Annual report of the Madras Medical College
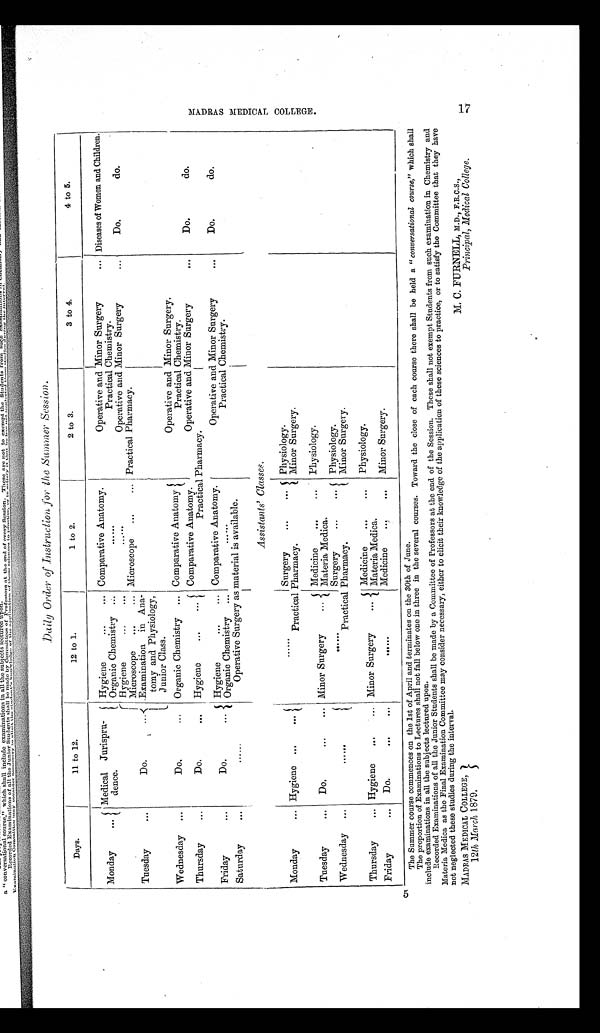
Daily Order of Instruction for the Summer Session.
Days.
11 to 12.
12 to 1.
1 to 2.
2 to 3.
3 to 4.
4 to 5.
Monday
...
Medical Jurispru
-
dence.
Hygiene
...
Organic Chemistry
Comparative Anatomy.
. . . . . .
Operative and Minor Surgery
. . .
Practical Chemistry.
Diseases of Women and Children.
Tuesday
...
Do.
Hygiene
...
. . .
Microscope
...
. . .
.Examination in Ana-
tomy and Physiology,
Junior Class.
. . .
Microscope
...
...
Operative and Minor Surgery
...
Practical Pharmacy.
Do.
do.
Wednesday ...
Do.
Organic Chemistry ... Comparative Anatomy
Operative and Minor Surgery.
Practical Chemistry.
Thursday
...
Do.
Hygiene
...
...
Comparative Anatomy.
Practical
Operative and Minor Surgery
...
Pharmacy.
Do.
do.
Friday
...
Do.
Hygiene
...
...
Organic Chemistry ...
Comparative Anatomy.
. . .
Operative and Minor Surgery
. . .
Practical Chemistry.
Do.
do.
Saturday
......
Operative Surgery as material is available .
Assistants' Classes.
Monday
... Hygiene ...
...
. . . .
Practical
Surgery
...
...
Pharmacy.
Physiology.
Minor Surgery.
Tuesday
...
Do.
...
... Minor Surgery
...
Medicine...
Materia Medica.
Physiology.
Wednesday
...
......
Practical
Surgery
Pharmacy.
...
...
Physi ol ogy.
Mi nor Sur ger y.
Thursday
... Hygiene
...
... Minor Surgery
...
Medicine
...
...
Materia Modica.
Physiology.
Friday
...
Do.
... ...
......
Medicine
...
...
Minor Surgery.
The Summer course commences on the 1st of April and terminates on the 30th of June.
The proportion of Examinations to Lectures shall not fall below one in three in the several courses. Toward the close of each course there shall be held a " conversational course," which shall
include examinations in all the subjects lectured upon.
Recorded Examinations of all the Junior Students shall be made by a Committee of Professors at the end of the Session. These shall not exempt Students from such examination. in Chemistry and
Materia Medica as the Final Examination Committee may consider necessary, either to elicit their knowledge of the application of these sciences to practice, or to satisfy the Committee that they have
not neglected these studies during the interval.
MADRAS MEDICAL COLLEGE,
M. C. FURNELL, M.D., F.R.C.s.,
12th March 1879.
Principal, Medical College.